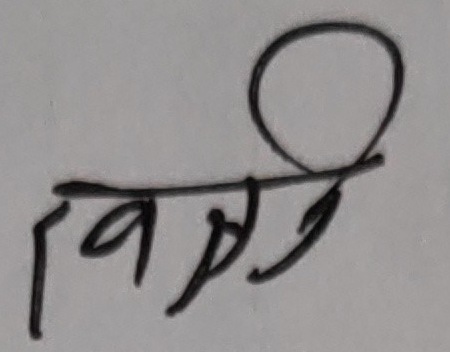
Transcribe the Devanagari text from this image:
वाणी